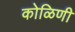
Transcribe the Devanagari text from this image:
कोळिणी